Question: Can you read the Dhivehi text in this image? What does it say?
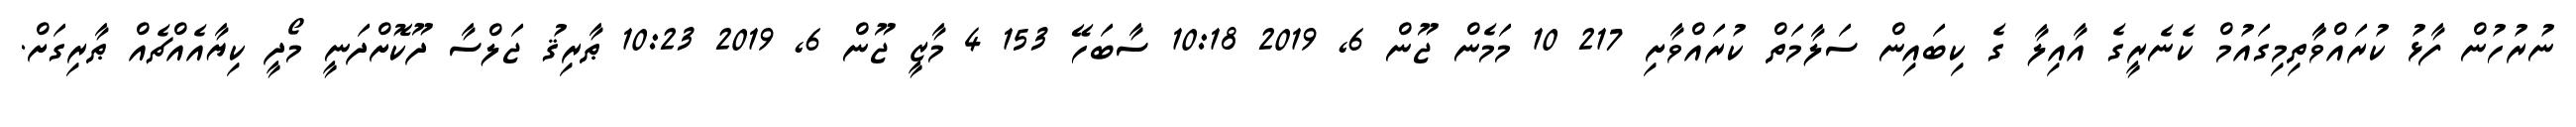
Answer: ނުރުހުން ފާޅު ކުރައްވާާތިމިގައުމް ކެނެރީގެ އާއިލާ ގެ ކިބައިން ސަލާމަތް ކުރައްވާށި 217 10 މަމެން ޖޫން 6, 2019 10:18 ސާބަހޭ 153 4 މާޒީ ޖޫން 6, 2019 10:23 ޠާރިޤު ޖަލްސާ ދޫކޮށްދަނީ މޯދީ ކިޔާއެއްޗެއް ޠާރިގަށް.